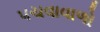
પચવાવાળો